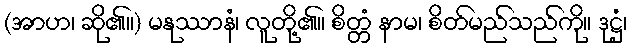
(အာဟ၊ ဆို၏။) မနုဿာနံ၊ လူတို့၏။ စိတ္တံ နာမ၊ စိတ်မည်သည်ကို။ ဒုဋ္ဌံ၊